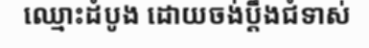
ឈ្មោះដំបូង ដោយចង់ប្តឹងជំទាស់